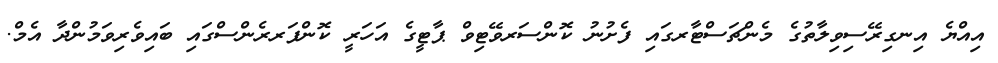
އިއްޔެ އިނގިރޭސިވިލާތުގެ މެންޗަސްޓާރގައި ފެށުނު ކޮންސަރވޭޓިވް ޕާޓީގެ އަހަރީ ކޮންފަރރެންސްގައި ބައިވެރިވަމުންދާ އެމް.